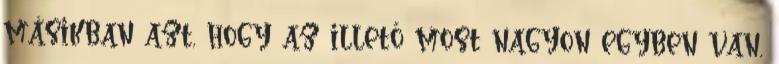
másikban azt, hogy az illető most nagyon egyben van,